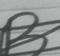
Signature authenticity: forged